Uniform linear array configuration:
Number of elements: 4
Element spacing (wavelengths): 1
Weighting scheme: binomial
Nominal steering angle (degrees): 15
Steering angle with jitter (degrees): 14.564
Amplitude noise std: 0.05
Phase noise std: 0.05

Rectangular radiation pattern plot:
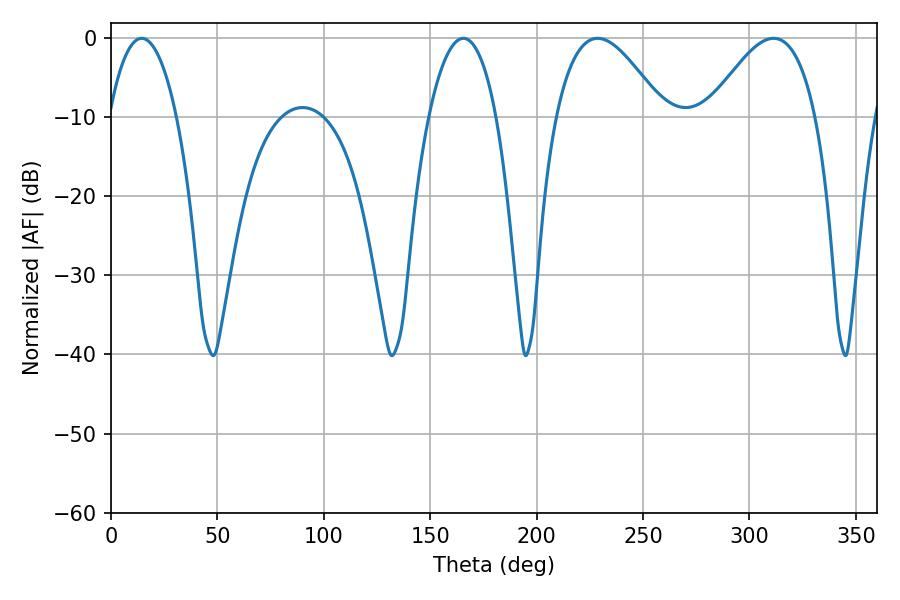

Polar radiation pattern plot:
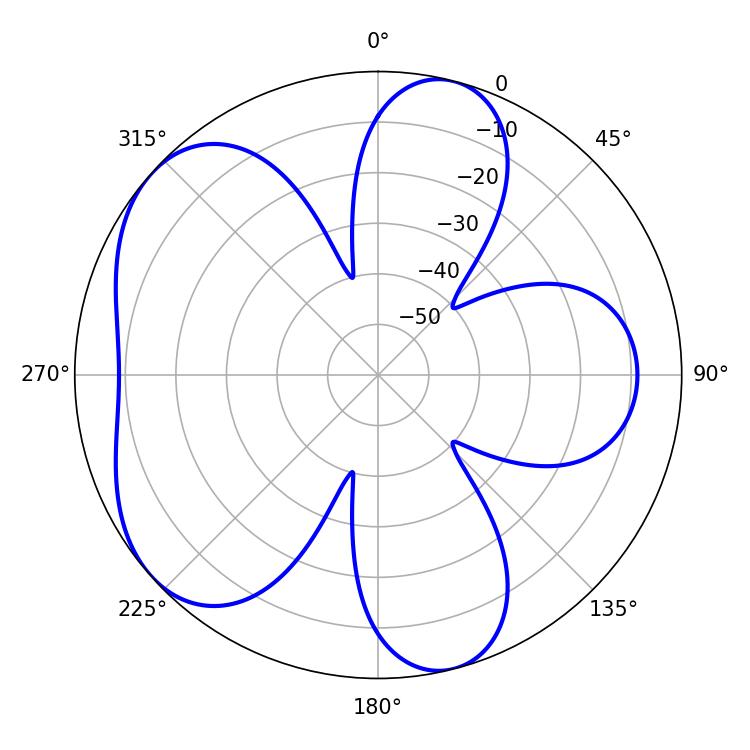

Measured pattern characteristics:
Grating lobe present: TRUE
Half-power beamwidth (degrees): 17.64
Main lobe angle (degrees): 14.4